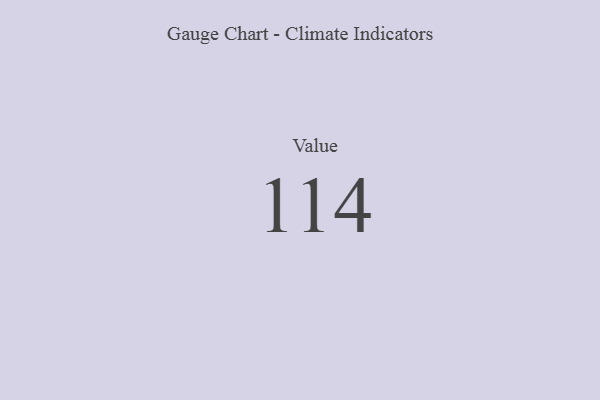
{"axis": {"x": "Metric", "y": "Value"}, "legend": [""], "data": [{"x": "Value", "y": 114, "type": ""}]}